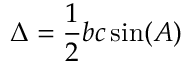
\Delta = { \frac { 1 } { 2 } } b c \sin ( A )